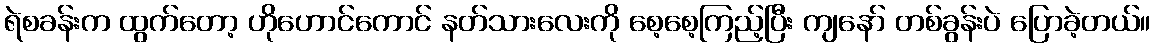
ရဲစခန်းက ထွက်တော့ ဟိုဟောင်ကောင် နတ်သားလေးကို စေ့စေ့ကြည့်ပြီး ကျနော် တစ်ခွန်းပဲ ပြောခဲ့တယ်။